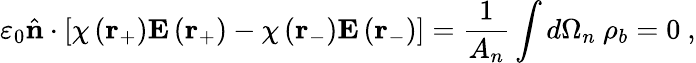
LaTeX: \varepsilon_{0}{\hat{\mathbf{n}}}\cdot\left[\chi\left(\mathbf{r}_{+}\right)\mathbf{E}\left(\mathbf{r}_{+}\right)-\chi\left(\mathbf{r}_{-}\right)\mathbf{E}\left(\mathbf{r}_{-}\right)\right]={\frac{1}{A_{n}}}\int d\Omega_{n}\ \rho_{b}=0\ ,